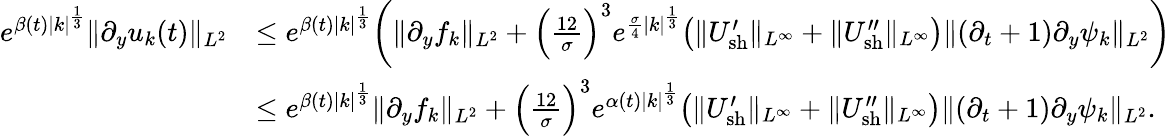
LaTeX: \begin{array}{rl}{e^{\beta(t)|k|^{\frac{1}{3}}}\| \partial_{y}u_{k}(t)\| _{L^{2}}}&{\leq e^{\beta(t)|k|^{\frac{1}{3}}}\bigg(\| \partial_{y}f_{k}\| _{L^{2}}+\Big(\frac{12}{\sigma}\Big)^{3}e^{\frac{\sigma}{4}|k|^{\frac{1}{3}}}\big(\| U_{\mathrm{sh}}^{\prime}\| _{L^{\infty}}+\| U_{\mathrm{sh}}^{\prime\prime}\| _{L^{\infty}}\big)\| (\partial_{t}+1)\partial_{y}\psi_{k}\| _{L^{2}}\bigg)}\\ &{\leq e^{\beta(t)|k|^{\frac{1}{3}}}\| \partial_{y}f_{k}\| _{L^{2}}+\Big(\frac{12}{\sigma}\Big)^{3}e^{\alpha(t)|k|^{\frac{1}{3}}}\big(\| U_{\mathrm{sh}}^{\prime}\| _{L^{\infty}}+\| U_{\mathrm{sh}}^{\prime\prime}\| _{L^{\infty}}\big)\| (\partial_{t}+1)\partial_{y}\psi_{k}\| _{L^{2}}.}\end{array}